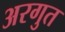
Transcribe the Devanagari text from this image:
अरगुत